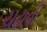
ચઢાવી